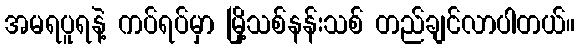
အမရပူရနဲ့ ကပ်ရပ်မှာ မြို့သစ်နန်းသစ် တည်ချင်လာပါတယ်။